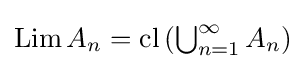
{\textstyle \mathop {\mathrm {Lim} } A_{n}=\mathop {\mathrm {cl} } \left(\bigcup _{n=1}^{\infty }A_{n}\right)}